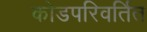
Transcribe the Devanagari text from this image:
कोडपरिवर्तित